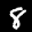
Label: 8